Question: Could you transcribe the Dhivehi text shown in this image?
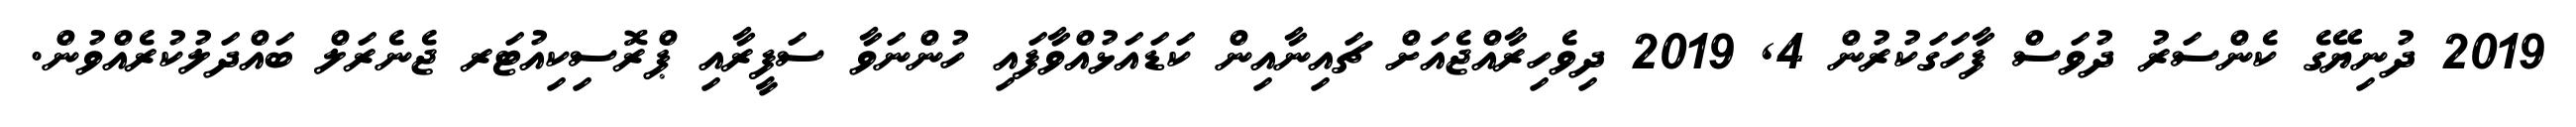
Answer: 2019 ދުނިޔޭގެ ކެންސަރު ދުވަސް ފާހަގަކުރުން 4, 2019 ދިވެހިރާއްޖެއަށް ޗައިނާއިން ކަޑައަޅުއްވާފައި ހުންނަވާ ސަފީރާއި ޕްރޮސިކިއުޓަރ ޖެނެރަލް ބައްދަލުކުރެއްވުން.